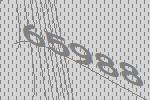
65988